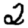
Digit: 2